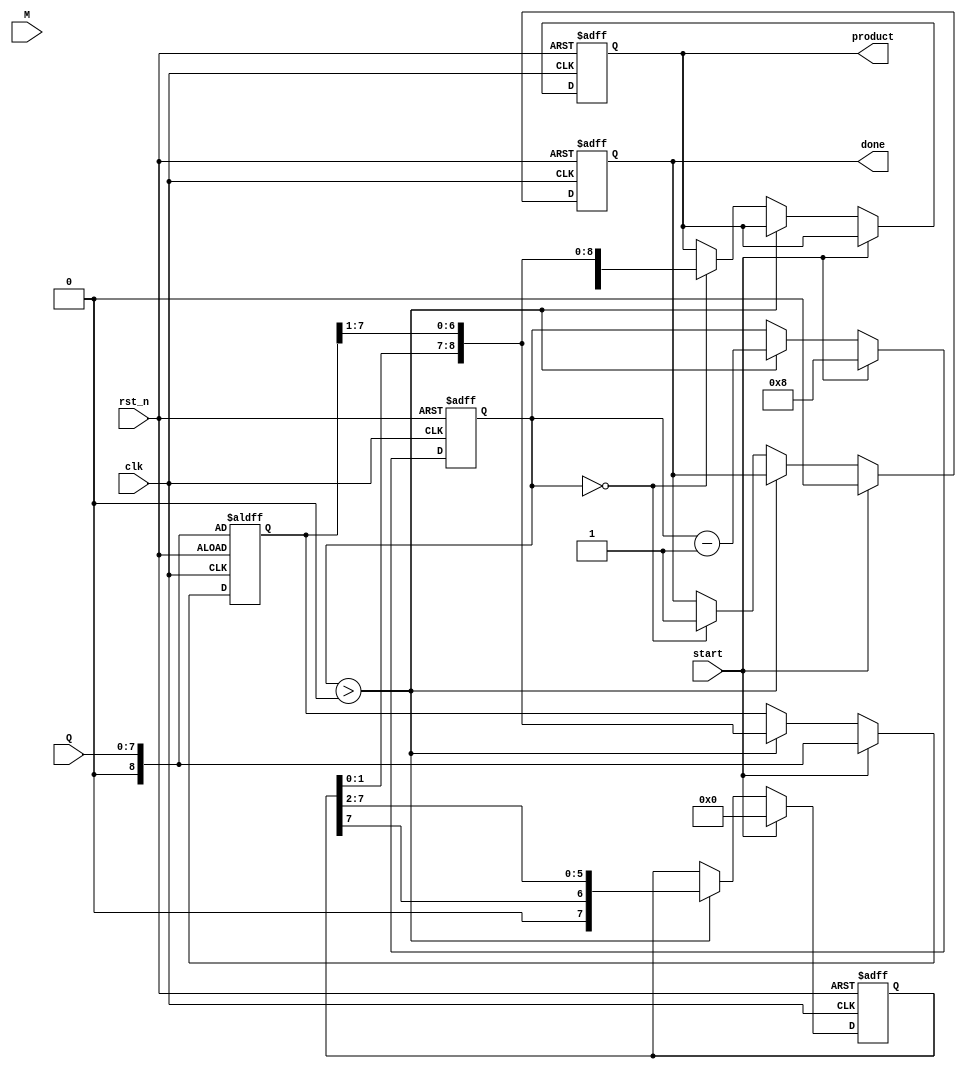
module booth_multiplier #(
    parameter WIDTH = 8  // Define the width for the inputs and outputs
)(
    input clk,
    input rst_n,
    input [WIDTH-1:0] M, // Multiplicand
    input [WIDTH-1:0] Q, // Multiplier
    input start,
    output reg [2*WIDTH-1:0] product, // Output product
    output reg done
);

    reg [WIDTH-1:0] A;      // Accumulator
    reg [WIDTH:0] Q_extended; // Extended Q for Q[0]
    reg Q1;                 // Q-1 register
    reg [3:0] count;        // Iteration counter

    always @(posedge clk or negedge rst_n) begin
        if (!rst_n) begin
            A               <= 0;
            Q_extended      <= {1'b0, Q};
            Q1              <= 0;
            count           <= 0;
            product         <= 0;
            done            <= 0;
        end else if (start) begin
            // Reset registers and initialize the counter
            A               <= 0;
            Q_extended      <= {1'b0, Q}; // Initialize with Q[0] as 0
            Q1              <= 0;
            count           <= WIDTH;  // Set counter to bit-width
            done            <= 0;

        end else if (count > 0) begin
            // Check the Booth's algorithm conditions
            case ({Q_extended[0], Q1})
                2'b01: A <= A + M;         // A = A + M
                2'b10: A <= A - M;         // A = A - M
                default: ;                  // Do nothing
            endcase

            // Arithmetic right shift (A and Q together)
            {A, Q_extended} <= {A[WIDTH-1], A, Q_extended[WIDTH-1:1]};
            Q1 <= Q_extended[0];           // Update Q-1
            count <= count - 1;            // Decrement the counter

        end else if (count == 0) begin
            // When done, combine A and Q to storage product
            product <= {A, Q_extended[WIDTH-1:1]};
            done <= 1;                     // Signal completion
        end
    end
endmodule